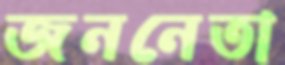
জননেতা